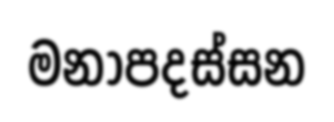
මනාපදස්සන